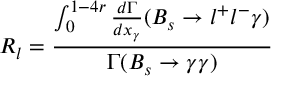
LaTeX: R _ { l } = \frac { \int _ { 0 } ^ { 1 - 4 r } \frac { d \Gamma } { d x _ { \gamma } } ( B _ { s } \to l ^ { + } l ^ { - } \gamma ) } { \Gamma ( B _ { s } \to \gamma \gamma ) }